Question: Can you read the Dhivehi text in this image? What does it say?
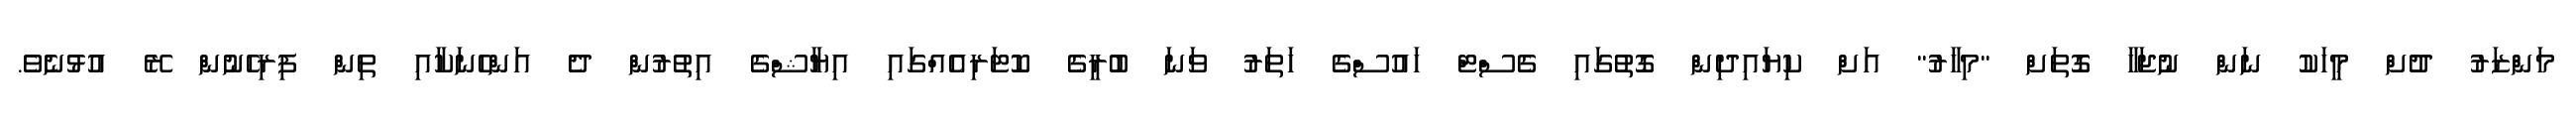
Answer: މަންޒަރު ދުށް މީހަކު ނަން ނުޖަހާ ގޮތަށް "މިހާރު" އަށް ކިޔައިދިން ގޮތުގައި ގެސްޓް ހައުސްގެ ހަތަރު ވަނަ ބުރީގެ ކޮޓަރިއެއްގައި އިޔާޝްގެ އިތުރުން ދެ އަންހެނަކާއި ތިން ފިރިހެނުން ރޭ އުޅުނެވެ.